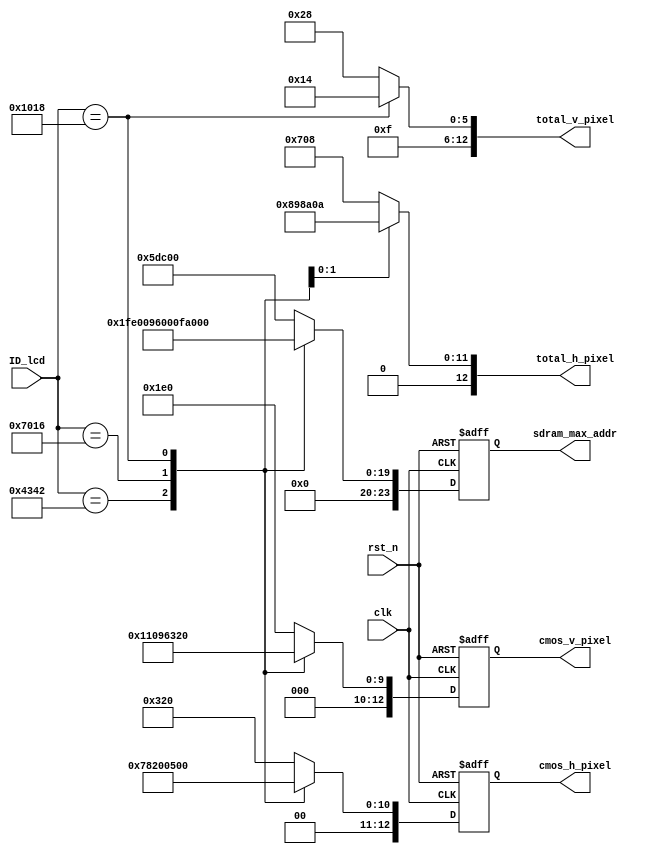
module picture_size (
    input              rst_n         ,
    input              clk           ,         
    input       [15:0] ID_lcd        ,
             
    output      [12:0] cmos_h_pixel  ,
    output      [12:0] cmos_v_pixel  ,   
    output      [12:0] total_h_pixel ,
    output      [12:0] total_v_pixel ,
    output      [23:0] sdram_max_addr
);

reg [12:0] cmos_h_pixel;
reg [12:0] cmos_v_pixel;   
reg [12:0] total_h_pixel;
reg [12:0] total_v_pixel;
reg [23:0] sdram_max_addr;

//parameter define
parameter  ID_4342 =   16'h4342;
parameter  ID_7084 =   16'h7084;
parameter  ID_7016 =   16'h7016;
parameter  ID_1018 =   16'h1018;

//*****************************************************
//**                    main code                      
//*****************************************************

//ͷߴĴС
always @(posedge clk or negedge rst_n) begin 
    if(!rst_n) begin
        cmos_h_pixel <= 13'b0;
        cmos_v_pixel <= 13'd0;
        sdram_max_addr <= 23'd0;        
    end 
    else begin    
        case(ID_lcd ) 
            16'h4342 : begin
                cmos_h_pixel   = 13'd480;    
                cmos_v_pixel   = 13'd272;
                sdram_max_addr = 23'd130560;
            end 
            16'h7084 : begin
                cmos_h_pixel   = 13'd800;    
                cmos_v_pixel   = 13'd480;           
                sdram_max_addr = 23'd384000;
            end 
            16'h7016 : begin
                cmos_h_pixel   = 13'd1024;    
                cmos_v_pixel   = 13'd600;           
                sdram_max_addr = 23'd614400;
            end    
            16'h1018 : begin
                cmos_h_pixel   = 13'd1280;    
                cmos_v_pixel   = 13'd800;           
                sdram_max_addr = 23'd1024000;
            end 
        default : begin
                cmos_h_pixel   = 13'd800;    
                cmos_v_pixel   = 13'd480;           
                sdram_max_addr = 23'd384000;
        end
        endcase
    end    
end 

//HTSVTSûӰͷͼ֡
always @(*) begin
    case(ID_lcd)
        ID_4342 : begin 
            total_h_pixel = 13'd1800;
            total_v_pixel = 13'd1000;
        end 
        ID_7084 : begin  
            total_h_pixel = 13'd1800;
            total_v_pixel = 13'd1000;
        end 
        ID_7016 : begin  
            total_h_pixel = 13'd2200;
            total_v_pixel = 13'd1000;
        end 
        ID_1018 : begin 
            total_h_pixel = 13'd2570;
            total_v_pixel = 13'd980;
        end 
    default : begin
            total_h_pixel = 13'd1800;
            total_v_pixel = 13'd1000;
    end 
    endcase
end 

endmodule